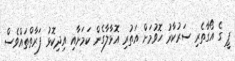
ޕީ ގެ އޯގާތެރި ސަރުކާރު ހޮވުމަށް އަތުރި އޮޅާލާގެން ކަމަށާއި އިދިކޮޅު ފަރާތްތައްވެސް